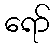
ရော်